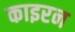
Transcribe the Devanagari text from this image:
काइरन